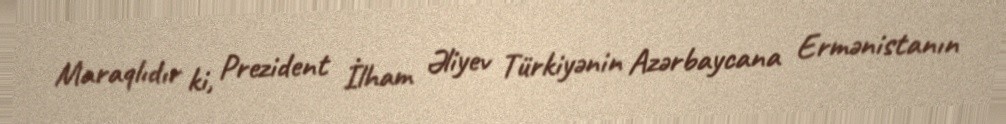
Maraqlıdır ki, Prezident İlham Əliyev Türkiyənin Azərbaycana Ermənistanın